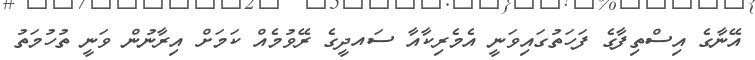
އޭނާގެ އިސްތިފާގެ ފަހަތުގައިވަނީ އެމެރިކާއާ ސައދީގެ ރޭވުމެއް ކަމަށް އިރާނުން ވަނީ ތުހުމަތު